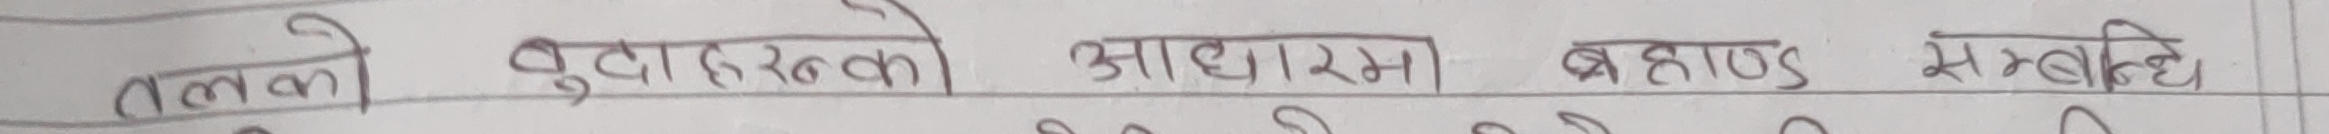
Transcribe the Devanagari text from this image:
तलका बुँदाहरुको आधारमा ब्रह्माण्ड सम्बन्धि